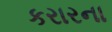
કરારના